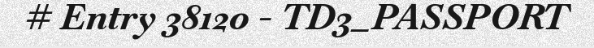
# Entry 38120 - TD3_PASSPORT